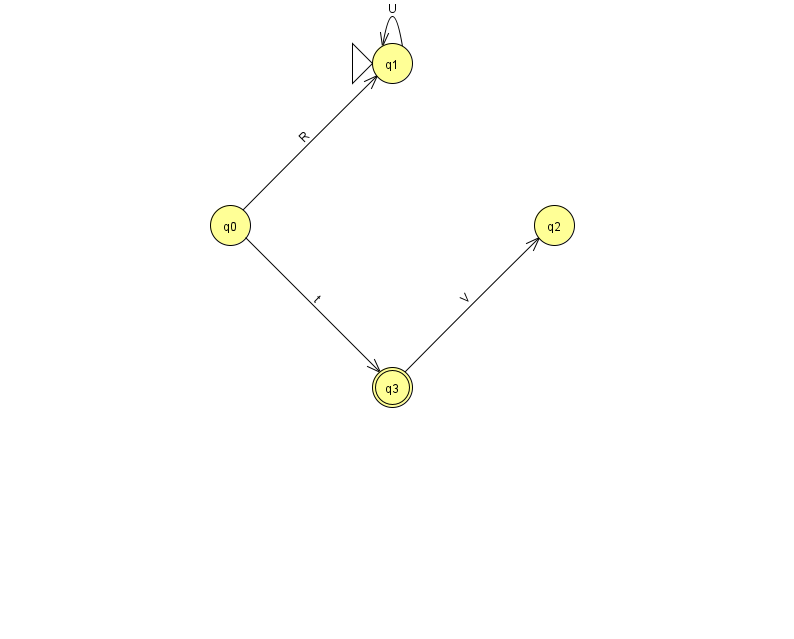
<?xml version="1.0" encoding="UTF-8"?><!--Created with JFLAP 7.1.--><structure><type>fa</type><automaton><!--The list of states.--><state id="0" name="q0"><x>230.0</x><y>212.0</y></state><state id="1" name="q1"><x>392.0</x><y>50.0</y><initial/></state><state id="2" name="q2"><x>554.0</x><y>212.0</y></state><state id="3" name="q3"><x>392.0</x><y>374.0</y><final/></state><!--The list of transitions.--><transition><from>0</from><to>3</to><read>t</read></transition><transition><from>0</from><to>1</to><read>R</read></transition><transition><from>1</from><to>1</to><read>U</read></transition><transition><from>3</from><to>2</to><read>V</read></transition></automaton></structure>